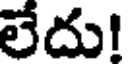
లేదు!